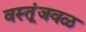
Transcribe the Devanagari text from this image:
वस्तूंजवळ